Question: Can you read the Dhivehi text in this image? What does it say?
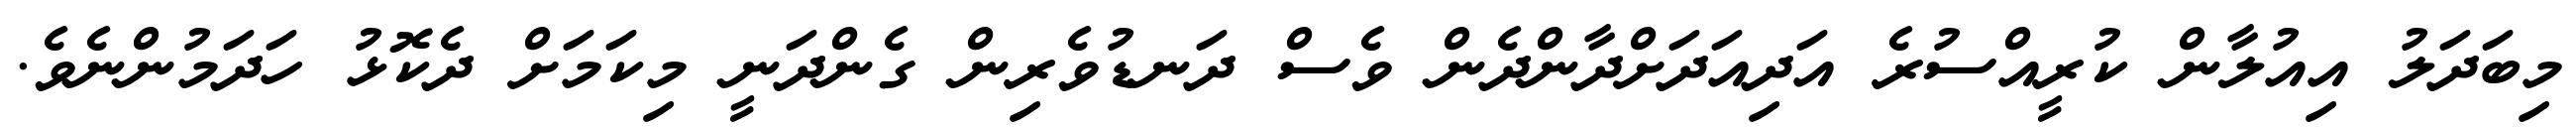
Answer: މިބަދަލު އިއުލާން ކުރީއްސުރެ އަދިއަދަށްދާންދެން ވެސް ދަނޑުވެރިން ގެންދަނީ މިކަމަށް ދެކޮޅު ހަދަމުންނެވެ.